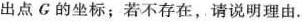
出点G的坐标；若不存在，请说明理由.